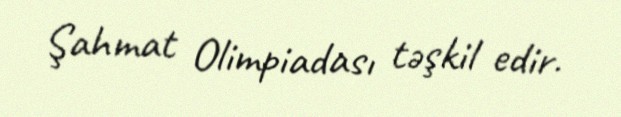
Şahmat Olimpiadası təşkil edir.